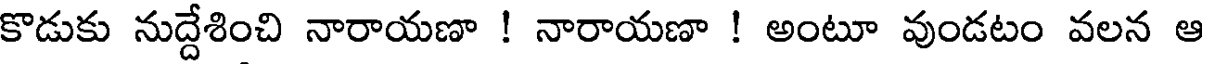
కొడుకు నుద్దేశించి నారాయణా ! నారాయణా ! అంటూ వుండటం వలన ఆ